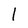
Character: 1